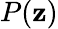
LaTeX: P(\mathbf{z})